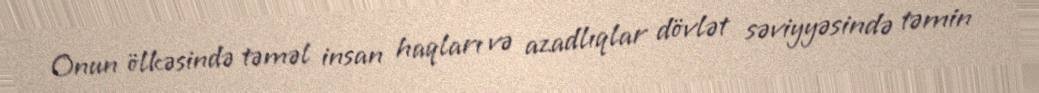
Onun ölkəsində təməl insan haqları və azadlıqlar dövlət səviyyəsində təmin